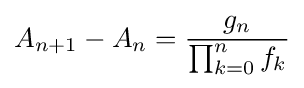
A_{n+1}-A_{n}={\frac {g_{n}}{\prod _{k=0}^{n}f_{k}}}